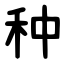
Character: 种